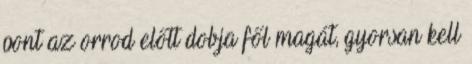
pont az orrod előtt dobja fől magát, gyorsan kell